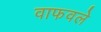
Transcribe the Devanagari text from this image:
वाफवले